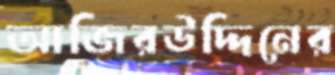
আজিরউদ্দিনের